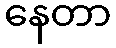
နေတာ